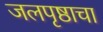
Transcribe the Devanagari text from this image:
जलपृष्ठाचा